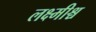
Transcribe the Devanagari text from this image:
लक्ष्मीश्च